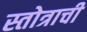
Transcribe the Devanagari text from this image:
स्तोत्राची